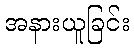
အနားယူခြင်း